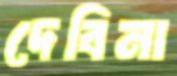
দেবিনা